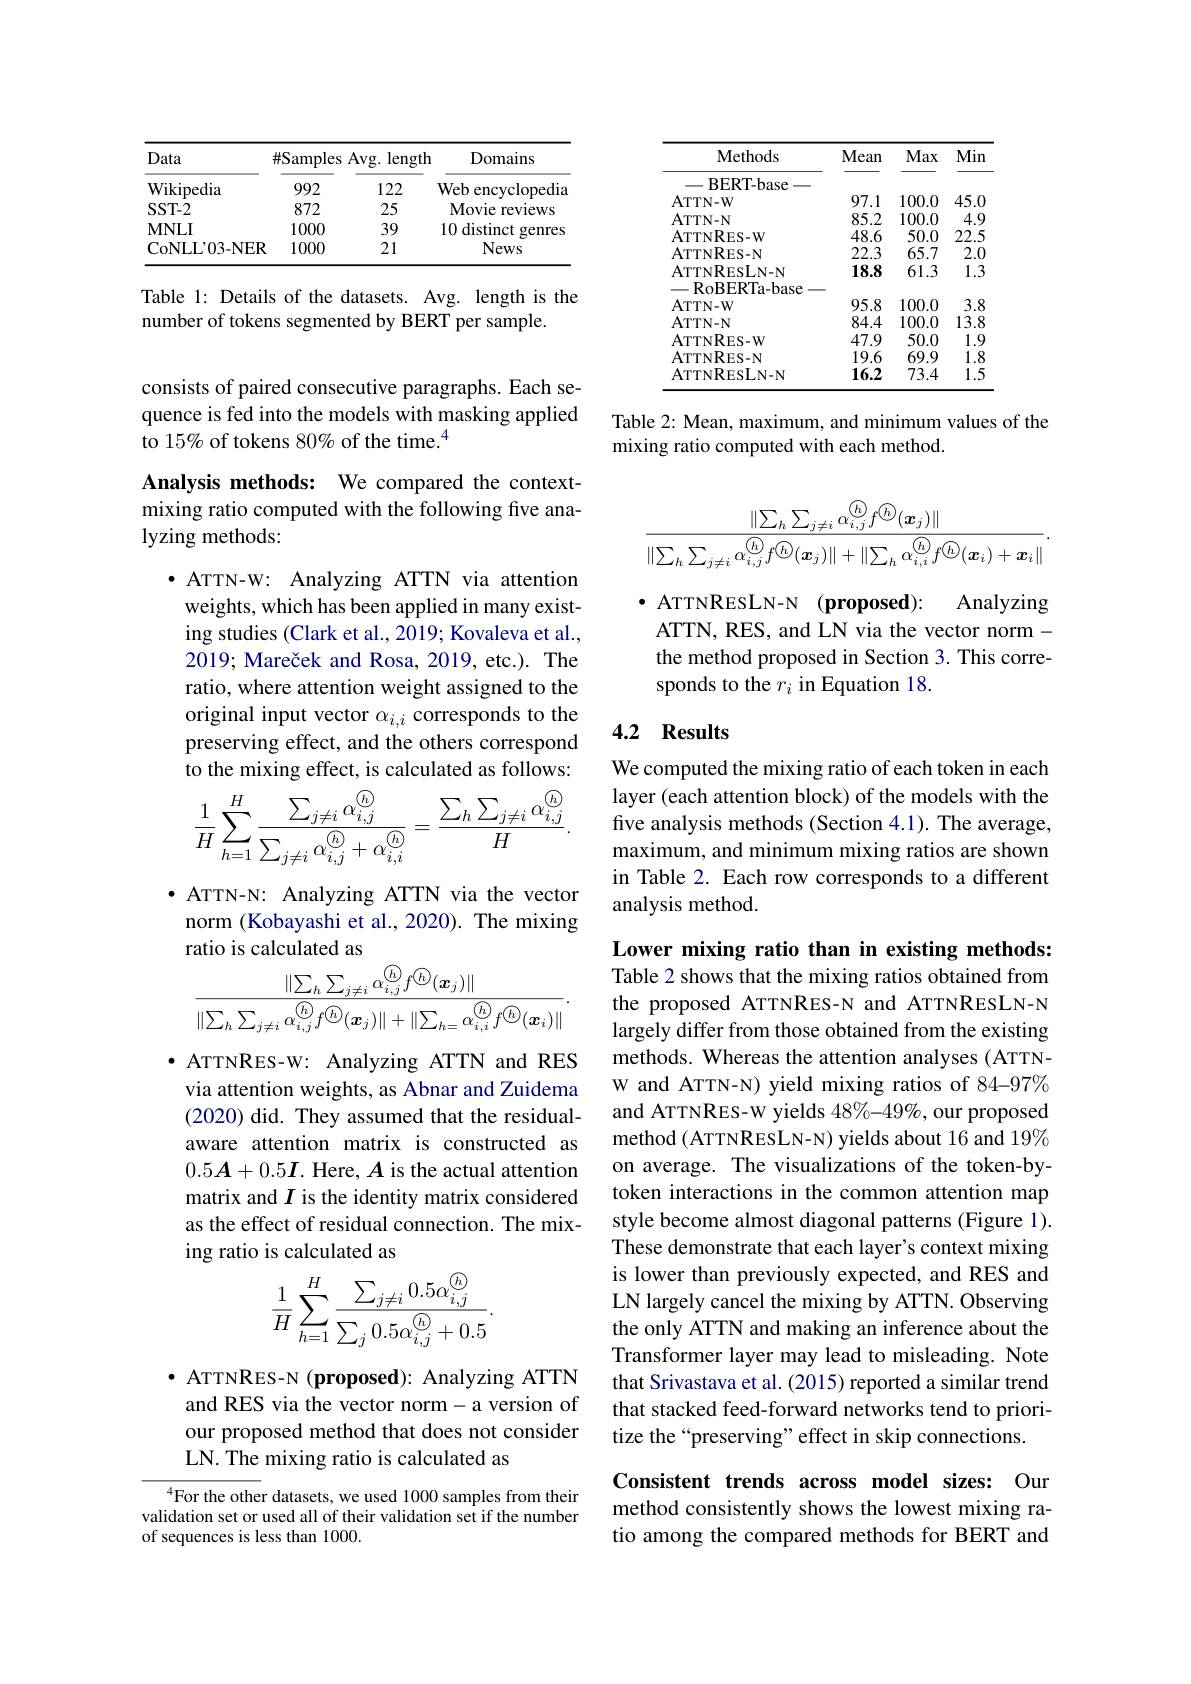
<table>
	<tbody>
		<tr>
			<th>Data</th>
			<th>$\#S:$ Samples</th>
			<th>Avg. length</th>
			<th>Domains</th>
		</tr>
		<tr>
			<th>Wikipedia</th>
			<th>992</th>
			<th>122</th>
			<th>$Web\epsilon$ encyclopedia</th>
		</tr>
		<tr>
			<td>SST- 2</td>
			<td>872</td>
			<td>25</td>
			<td>Movie ${\mathrm{reviews}}$</td>
		</tr>
		<tr>
			<td>$\mathbf{MNLI}$</td>
			<td>1000</td>
			<td>39</td>
			<td>10 distinct genres 1</td>
		</tr>
		<tr>
			<td>CoNL$L^{\prime }$03- NER</td>
			<td>1000</td>
			<td>21</td>
			<td>News</td>
		</tr>
	</tbody>
</table>

Table 1: Details of the datasets. Avg. length is the
number of tokens segmented by BERT per sample.

consists of paired consecutive paragraphs. Each sequence is fed into the models with masking applied to 15% of tokens 80% of the time.$^{4}$

Analysis methods: We compared the contextmixing ratio computed with the following five analyzing methods:

$\bullet$ ATTN-W: Analyzing ATTN via attention weights, which has been applied in many existing studies (Clark et al., 2019; Kovaleva et al., 2019; Mareček and Rosa, 2019, etc.). The ratio, where attention weight assigned to the original input vector $\alpha_{i,i}$ corresponds to the preserving effect, and the others correspond to the mixing effect, is calculated as follows:
$$\frac{1}{H}\sum_{h=1}^{H}\frac{\sum_{j\neq i}\alpha_{i,j}^{@}}{\sum_{j\neq i}\alpha_{i,j}^{\textcircled{h}}+\alpha_{i,i}^{\textcircled{h}}}=\frac{\sum_{h}\sum_{j\neq i}\alpha_{i,j}^{\textcircled{h}}}{H}.$$
·ATTN-N: Analyzing ATTN via the vector norm (Kobayashi et al., 2020). The mixing ratio is calculated as
$$\frac{\|\sum_{h}\sum_{j\neq i}\alpha_{i,j}^{\odot}f^{\odot}(\boldsymbol{x}_{j})\|}{\|\sum_{h}\sum_{j\neq i}\alpha_{i,j}^{\odot}f^{\odot}(\boldsymbol{x}_{j})\|+\|\sum_{h=}\alpha_{i,i}^{\odot}f^{\odot}(\boldsymbol{x}_{i})\|}.$$
$\bullet$ ATTNRES-W: Analyzing ATTN and RES via attention weights, as Abnar and Zuidema (2020) did. They assumed that the residualaware attention matrix is constructed as $0.5\boldsymbol{A}+0.5\boldsymbol{I}.$ Here, $\boldsymbol A$ is the actual attention matrix and $I$ is the identity matrix considered as the effect of residual connection. The mixing ratio is calculated as
$$\begin{aligned}\frac{1}{H}\sum_{h=1}^{H}\frac{\sum_{j\neq i}0.5\alpha_{i,j}^{\textcircled{h}}}{\sum_{j}0.5\alpha_{i,j}^{\textcircled{h}}+0.5}.\end{aligned}$$
$\bullet$ ATTNRES- N (proposed): Analyzing ATTN and RES via the vector norm-a version of our proposed method that does not consider LN. The mixing ratio is calculated as

$^{4}$For the other datasets, we used 1000 samples from their validation set or used all of their validation set if the number of sequences is less than 1000.

<table>
	<tbody>
		<tr>
			<th>Methods</th>
			<th>Mean</th>
			<th>Max</th>
			<th>Min</th>
		</tr>
		<tr>
			<td>BERT- base</td>
			<td> </td>
			<td> </td>
			<td> </td>
		</tr>
		<tr>
			<td>ATTN- W</td>
			<td>97.1</td>
			<td>100.0</td>
			<td>45.0</td>
		</tr>
		<tr>
			<td>ATTN- N</td>
			<td>85.2</td>
			<td>100.0</td>
			<td>4</td>
		</tr>
		<tr>
			<td>ATTNRES- W</td>
			<td>48.6</td>
			<td>50.0</td>
			<td>22.5</td>
		</tr>
		<tr>
			<td>ATTNRES- N</td>
			<td>22.3</td>
			<td>65.7</td>
			<td>2.0</td>
		</tr>
		<tr>
			<td>ATTNRESLN- N</td>
			<td>18.8</td>
			<td>61.3</td>
			<td>1.3</td>
		</tr>
		<tr>
			<td>-RoBERTa-base</td>
			<td> </td>
			<td> </td>
			<td> </td>
		</tr>
		<tr>
			<td>ATTN- W</td>
			<td>95.8</td>
			<td>100.0</td>
			<td>3.8</td>
		</tr>
		<tr>
			<td>ATTN- N</td>
			<td>84.4</td>
			<td>100.0</td>
			<td>13.8</td>
		</tr>
		<tr>
			<td>ATTNRES- W</td>
			<td>47.9</td>
			<td>50.0</td>
			<td>1 0</td>
		</tr>
		<tr>
			<td>ATTNRES- N</td>
			<td>19.6</td>
			<td>69.9</td>
			<td>1.8 </td>
		</tr>
		<tr>
			<td>ATTNRESLN- N</td>
			<td></td>
			<td></td>
			<td>1.5 1</td>
		</tr>
	</tbody>
</table>

Table 2: Mean, maximum, and minimum values of the
mixing ratio computed with each method.
$$\frac{\|\sum_{h}\sum_{j\neq i}\alpha_{i,j}^{\textcircled{h}}f^{\textcircled{h}}(\boldsymbol{x}_{j})\|}{\|\sum_{h}\sum_{j\neq i}\alpha_{i,j}^{\textcircled{h}}f^{\textcircled{h}}(\boldsymbol{x}_{j})\|+\|\sum_{h}\alpha_{i,i}^{\textcircled{h}}f^{\textcircled{h}}(\boldsymbol{x}_{i})+\boldsymbol{x}_{i}\|}.$$
$\bullet$ ATTNRESLN-N(proposed):
Analyzing
ATTN, RES, and LN via the vector norm - the method proposed in Section 3. This corresponds to the $r_i$ in Equation 18.

## 4.2 Results

We computed the mixing ratio of each token in each layer (each attention block) of the models with the five analysis methods (Section 4.1). The average, maximum, and minimum mixing ratios are shown in Table 2. Each row corresponds to a different analysis method.

Lower mixing ratio than in existing methods: Table 2 shows that the mixing ratios obtained from the proposed ATTNRES-N and ATTNRESLN-N largely differ from those obtained from the existing methods. Whereas the attention analyses (ATTNW and ATTN-N) yield mixing ratios of 84-97% and ATTNRES-W yields 48%-49%, our proposed method (ATTNRESLN-N) yields about 16 and 19% on average. The visualizations of the token-bytoken interactions in the common attention map style become almost diagonal patterns (Figure 1). These demonstrate that each layer's context mixing is lower than previously expected, and RES and LN largely cancel the mixing by ATTN. Observing the only ATTN and making an inference about the Transformer layer may lead to misleading. Note that Srivastava et al. (2015) reported a similar trend that stacked feed-forward networks tend to prioritize the“preserving”effect in skip connections.

Consistent trends across model sizes: Our method consistently shows the lowest mixing ra-

tio among the compared methods for BERT and